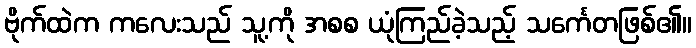
ဗိုက်ထဲက ကလေးသည် သူ့ကို အစစ ယုံကြည်ခဲ့သည့် သင်္ကေတဖြစ်၏။